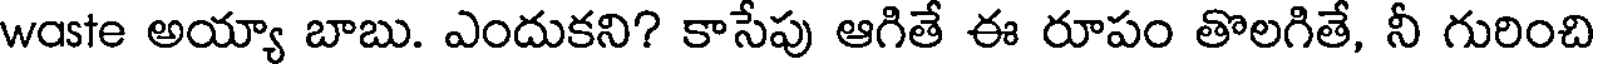
waste అయ్యా బాబు. ఎందుకని? కాసేపు ఆగితే ఈ రూపం తొలగితే, నీ గురించి